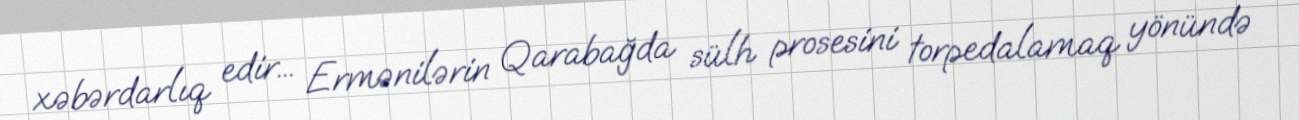
xəbərdarlıq edir... Ermənilərin Qarabağda sülh prosesini torpedalamaq yönündə